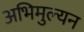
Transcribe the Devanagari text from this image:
अभिमुल्यन